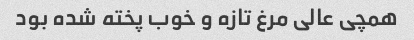
همچی عالی مرغ تازه و خوب پخته شده بود